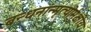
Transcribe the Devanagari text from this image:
बन्धनांन्मृत्योर्मुक्षीय